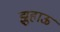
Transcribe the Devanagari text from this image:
झुहाऊ